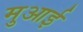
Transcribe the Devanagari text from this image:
मुआई